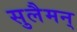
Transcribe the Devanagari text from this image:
सुलैमन्